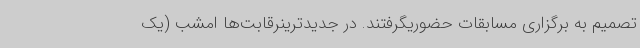
تصمیم به برگزاری مسابقات حضوریگرفتند. در جدیدترینرقابت‌ها امشب (یک